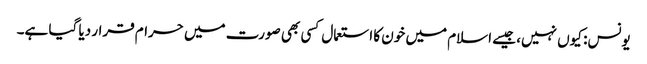
یونس: کیوں نہیں، جیسے اسلام میں خون کا استعمال کسی بھی صورت میں حرام قرار دیا گیا ہے۔